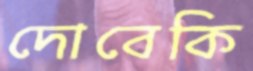
দোবেকি